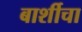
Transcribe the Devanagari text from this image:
बार्शीचा